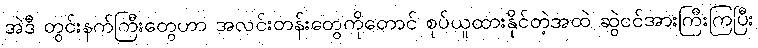
အဲဒီ တွင်းနက်ကြီးတွေဟာ အလင်းတန်းတွေကိုတောင် စုပ်ယူထားနိုင်တဲ့အထဲ ဆွဲငင်အားကြီးကြပြီး